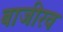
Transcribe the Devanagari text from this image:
बाजीरव